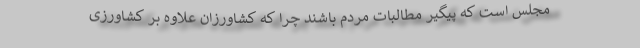
مجلس است که پیگیر مطالبات مردم باشند چرا که کشاورزان علاوه بر کشاورزی